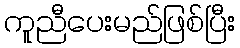
ကူညီပေးမည်ဖြစ်ပြီး